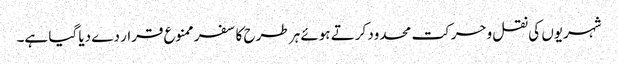
شہریوں کی نقل وحرکت محدود کرتے ہوئے ہر طرح کا سفر ممنوع قرار دے دیا گیا ہے۔